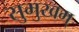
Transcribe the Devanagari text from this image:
सुमुखम्